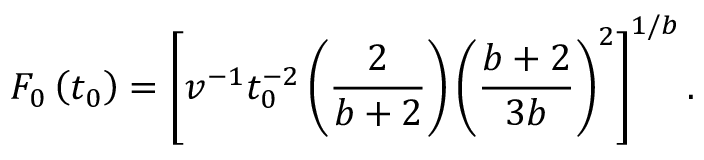
F _ { 0 } \left( t _ { 0 } \right) = \left[ v ^ { - 1 } t _ { 0 } ^ { - 2 } \left( { \frac { 2 } { b + 2 } } \right) \left( { \frac { b + 2 } { 3 b } } \right) ^ { 2 } \right] ^ { 1 / b } .